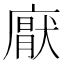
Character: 𭙵